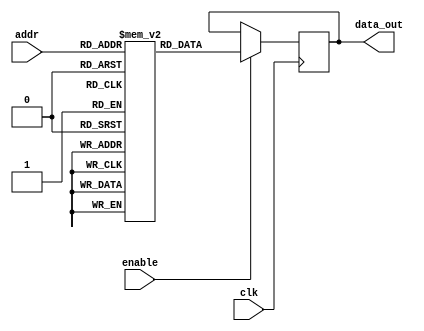
module parameterized_rom #(
    parameter DATA_WIDTH = 8,      // Width of each memory word
    parameter ADDR_WIDTH = 4       // Number of address lines
) (
    input wire clk,                // Clock signal
    input wire [ADDR_WIDTH-1:0] addr, // Address input
    input wire enable,             // Enable signal
    output reg [DATA_WIDTH-1:0] data_out // Data output
);

    // Internal memory storage
    reg [DATA_WIDTH-1:0] memory [(2**ADDR_WIDTH)-1:0];

    // Initialize the ROM with predefined values
    initial begin
        // Example initialization (you can customize these values)
        memory[0] = 8'h00;
        memory[1] = 8'h01;
        memory[2] = 8'h02;
        memory[3] = 8'h03;
        memory[4] = 8'h04;
        memory[5] = 8'h05;
        memory[6] = 8'h06;
        memory[7] = 8'h07;
        memory[8] = 8'h08;
        memory[9] = 8'h09;
        memory[10] = 8'h0A;
        memory[11] = 8'h0B;
        memory[12] = 8'h0C;
        memory[13] = 8'h0D;
        memory[14] = 8'h0E;
        memory[15] = 8'h0F;
        // Add more initial values as needed
    end

    // Behavioral logic for reading from ROM
    always @(posedge clk) begin
        if (enable) begin
            data_out <= memory[addr]; // Read data from ROM
        end
        // If enable is low, data_out retains its previous value
    end

endmodule